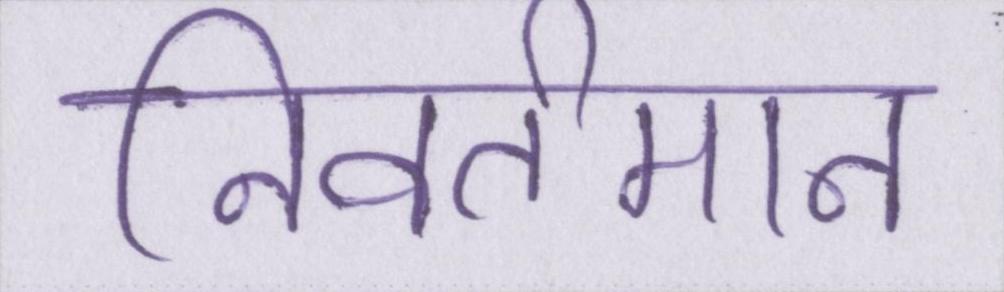
निवर्तमान